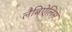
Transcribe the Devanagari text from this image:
लैबिऐलिस